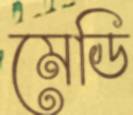
মেডি